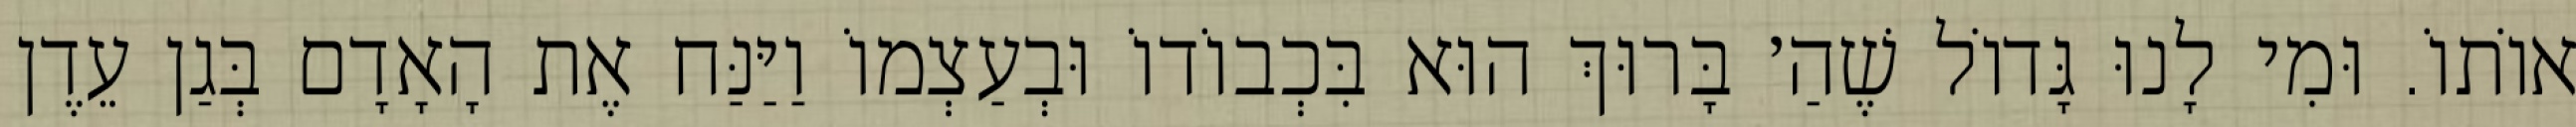
אוֹתוֹ. וּמִי לָנוּ גָּדוֹל שֶׁהַ׳ בָּרוּךְ הוּא בִּכְבוֹדוֹ וּבְעַצְמוֹ וַיַּנַּח אֶת הָאָדָם בְּגַן עֵדֶן